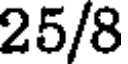
25/8